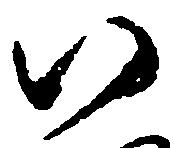
八